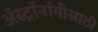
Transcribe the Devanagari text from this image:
अॅस्ट्रॉनॉमीसाठी